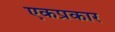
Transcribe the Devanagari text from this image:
एकप्रकार